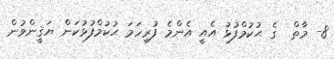
8- މާތް  ގެ ޙުކުމްފުޅު އެއީ އެންމެ ފުރިހަމަ ޙުކުމްފުޅުކަން ޔަޤީންވުން